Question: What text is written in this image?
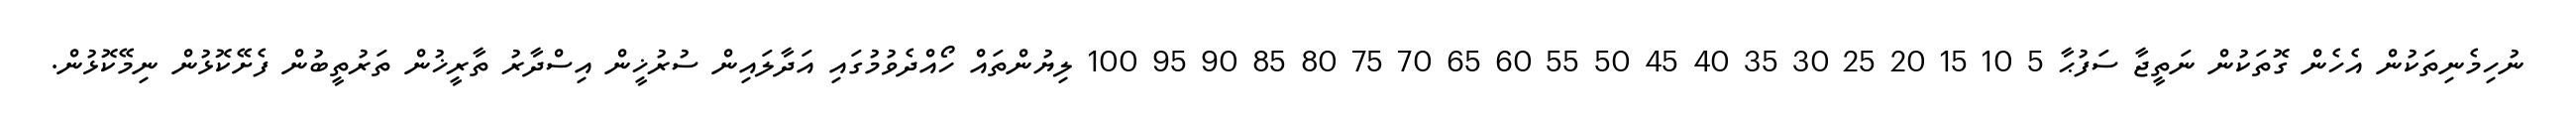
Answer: ނުހިމެނިތަކުން އެހެން ގޮތަކުން ނަތީޖާ ސަފުޙާ 5 10 15 20 25 30 35 40 45 50 55 60 65 70 75 80 85 90 95 100 ލިޔުންތައް ހޯއްދެވުމުގައި އަދާލައިން ސުރުޚީން އިސްދާރު ތާރީޚުން ތަރުތީބުން ފެށޭކޮޅުން ނިމޭކޮޅުން.